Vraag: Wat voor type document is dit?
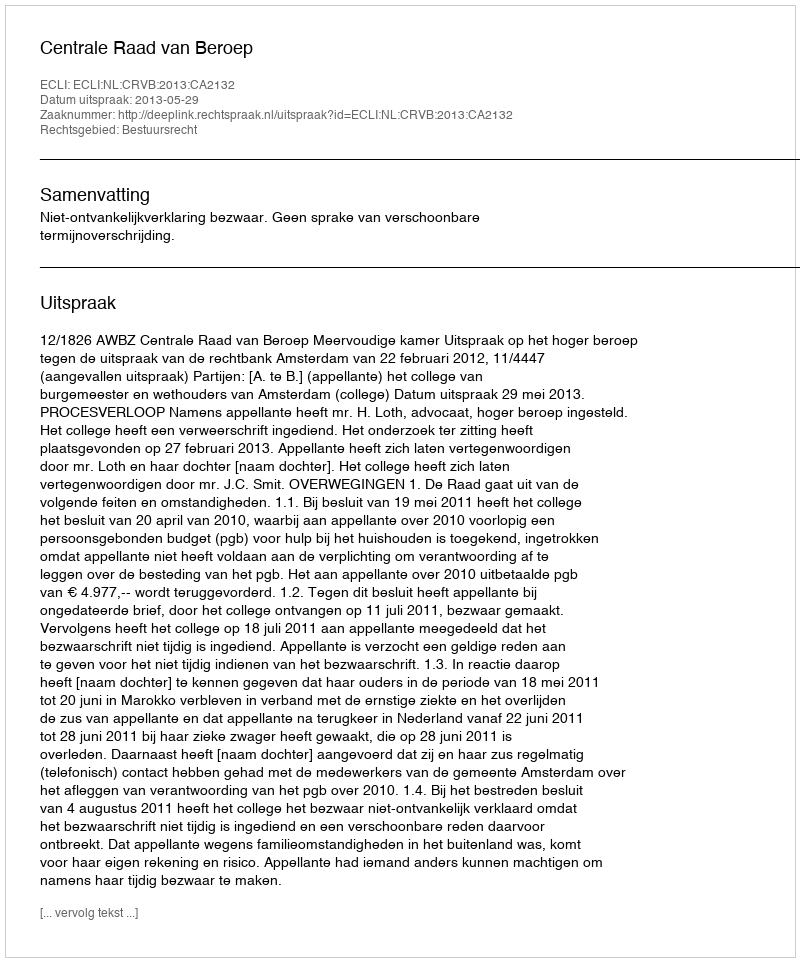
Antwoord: Uitspraak